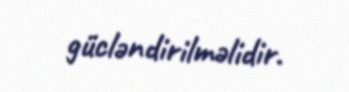
gücləndirilməlidir.